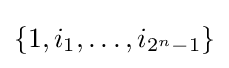
\left\{1,i_{1},\dots ,i_{2^{n}-1}\right\}